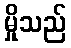
မှိုသည်